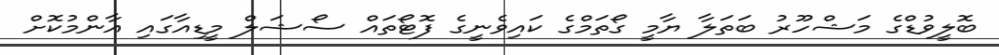
ބޮލީވުޑްގެ މަޝްހޫރު ބަތަލާ ޔާމީ ގޯތަމްގެ ކައިވެނީގެ ފޮޓޯތައް ސޯޝަލް މީޑިއާގައި އާންމުކޮށް